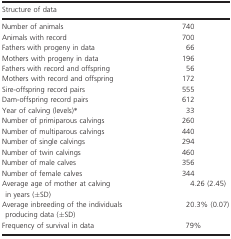
<table><thead><tr><td colspan="2"><b>Structure of data</b></td></tr></thead><tbody><tr><td>Number of animals</td><td>740</td></tr><tr><td>Animals with record</td><td>700</td></tr><tr><td>Fathers with progeny in data</td><td>66</td></tr><tr><td>Mothers with progeny in data</td><td>196</td></tr><tr><td>Fathers with record and offspring</td><td>56</td></tr><tr><td>Mothers with record and offspring</td><td>172</td></tr><tr><td>Sire-offspring record pairs</td><td>555</td></tr><tr><td>Dam-offspring record pairs</td><td>612</td></tr><tr><td>Year of calving (levels)*</td><td>33</td></tr><tr><td>Number of primiparous calvings</td><td>260</td></tr><tr><td>Number of multiparous calvings</td><td>440</td></tr><tr><td>Number of single calvings</td><td>294</td></tr><tr><td>Number of twin calvings</td><td>460</td></tr><tr><td>Number of male calves</td><td>356</td></tr><tr><td>Number of female calves</td><td>344</td></tr><tr><td>Average age of mother at calving in years (±SD)</td><td>4.26 (2.45)</td></tr><tr><td>Average inbreeding of the individuals producing data (±SD)</td><td>20.3% (0.07)</td></tr><tr><td>Frequency of survival in data</td><td>79%</td></tr></tbody></table>